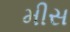
મીસ